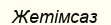
Жетімсаз